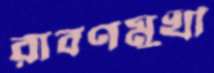
রাবণমুখী